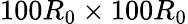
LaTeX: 100R_{0}\times 100R_{0}